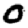
Digit: 0